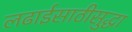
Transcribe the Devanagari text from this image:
लढाईसाठीसुद्धा